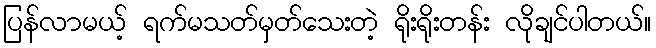
ပြန်လာမယ့် ရက်မသတ်မှတ်သေးတဲ့ ရိုးရိုးတန်း လိုချင်ပါတယ်။